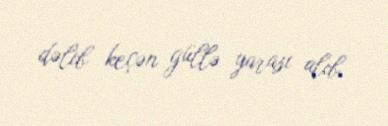
dəlib keçən güllə yarası alıb.